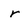
Character: r